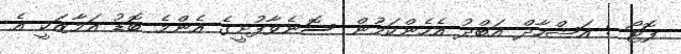
ފޮޓޯ : އަޝްހާދް އަބްދު އެހެންކަމުން ސޮނެވާފުށީގެ އެންމެ ބޮޑު އަމާޒަކީ އެ